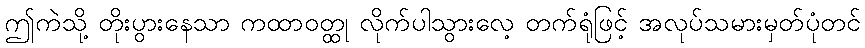
ဤကဲသို့ တိုးပွားနေသာ ကထာဝတ္ထု လိုက်ပါသွားလေ့ တက်ရုံဖြင့် အလုပ်သမားမှတ်ပုံတင်